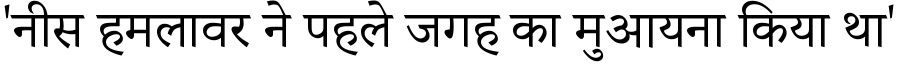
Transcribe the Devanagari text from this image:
'नीस हमलावर ने पहले जगह का मुआयना किया था'